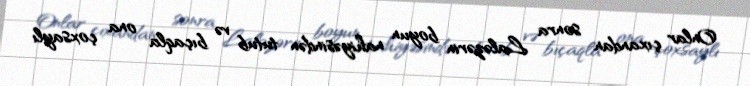
Onlar çıxandan sonra Laləzərin boyun nahiyəsindən tutub və bıçaqla ona çoxsaylı